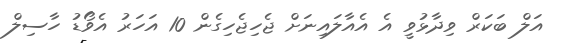
އަލް ބަކަރް ވިދާޅުވީ އެ އެއާލައިނަށް ޖެހިޖެހިގެން 10 އަހަރު އެވޯޑު ހާސިލް